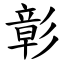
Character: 彰